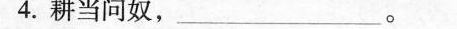
4.耕当问奴，___ 。